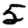
Digit: 5